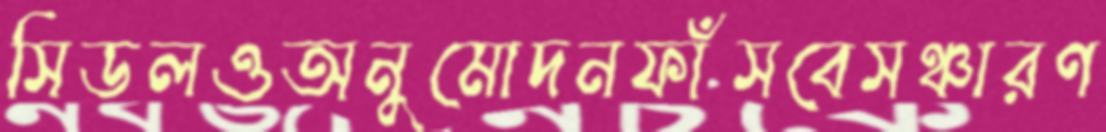
সিডলওঅনুমোদনফাঁসবেসঞ্চারণ